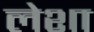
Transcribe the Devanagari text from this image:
लेशा